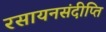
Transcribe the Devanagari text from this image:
रसायनसंदीप्ति